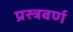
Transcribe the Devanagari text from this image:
प्रस्त्रवर्ण